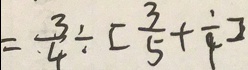
= \frac { 3 } { 4 } \div [ \frac { 3 } { 5 } + \frac { 1 } { 4 } ]